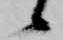
候